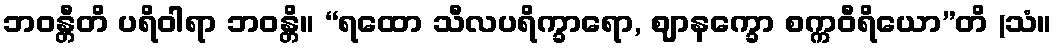
ဘဝန္တီတိ ပရိဝါရာ ဘဝန္တိ။ “ရထော သီလပရိက္ခာရော, ဈာနက္ခော စက္ကဝီရိယော”တိ (သံ။